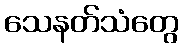
သေနတ်သံတွေ